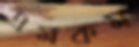
এমকম